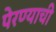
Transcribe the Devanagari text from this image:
पेरण्याची